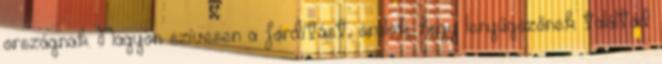
országnak. Nagyon szívesen a fordítást, örülök, hogy lenyűgözőnek találtad